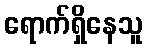
ရောက်ရှိနေသူ